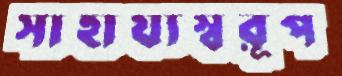
সাহায্যস্বরূপ